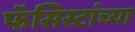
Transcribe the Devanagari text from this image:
फॅसिस्टांच्या